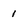
Character: I